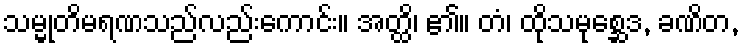
သမ္မုတိမရဏသည်လည်းကောင်း။ အတ္ထိ၊ ၏။ တံ၊ ထိုသမုစ္ဆေဒ, ခဏိတ,